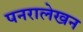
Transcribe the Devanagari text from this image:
पनरालेखन